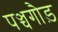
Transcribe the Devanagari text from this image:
पञ्चगौड़